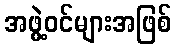
အဖွဲ့ဝင်များအဖြစ်